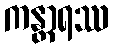
ကန္တာရဿ